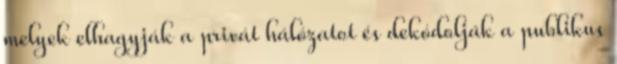
melyek elhagyják a privát hálózatot és dekódolják a publikus